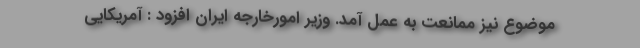
موضوع نیز ممانعت به عمل آمد. وزیر امورخارجه ایران افزود : آمریکایی